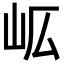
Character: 𭖅